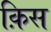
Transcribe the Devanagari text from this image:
क़िस